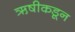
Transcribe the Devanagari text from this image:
ऋषीकडून